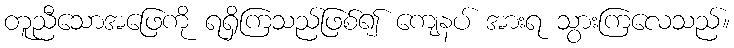
တူညီသောအဖြေကို ရရှိကြသည်ဖြစ်၍ ကျေနပ် အားရ သွားကြလေသည်။